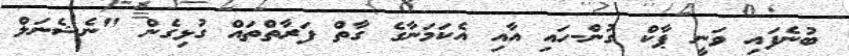
ބުނެފައި ވަނީ ޕާކް ގުން-ހައި އާއި އެކަމަނާގެ ގާތް ފަރާތްތައް ގުޅިގެން "ނެޝެނަލް